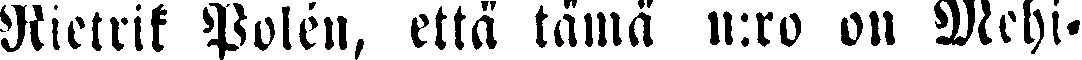
Rietrik Polén, että tämä n:ro on Mehi»